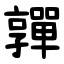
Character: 嚲